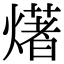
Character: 𤏸